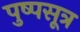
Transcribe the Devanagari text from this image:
पुष्पसूत्र